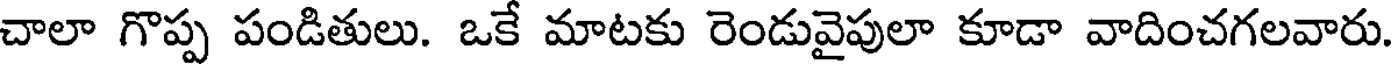
చాలా గొప్ప పండితులు. ఒకే మాటకు రెండువైపులా కూడా వాదించగలవారు